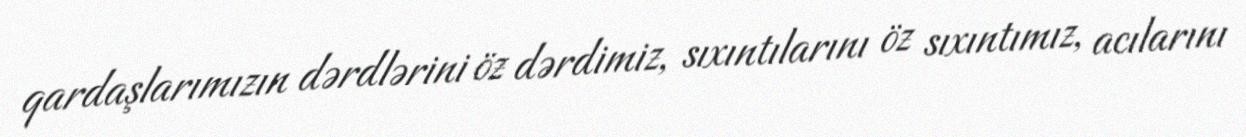
qardaşlarımızın dərdlərini öz dərdimiz, sıxıntılarını öz sıxıntımız, acılarını